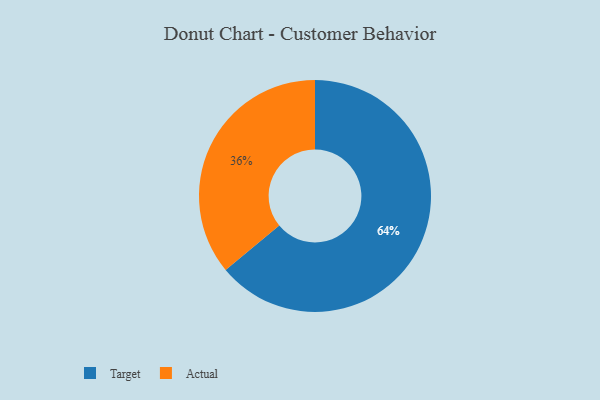
{"axis": {"x": "Category", "y": "Percentage"}, "legend": ["Actual", "Target"], "data": [{"x": "Target", "y": 64, "type": "Target"}, {"x": "Actual", "y": 36, "type": "Actual"}]}